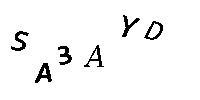
SA3AYD